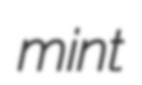
mint